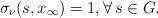
LaTeX: \begin{align*}\sigma_\nu(s,x_\infty) = 1, \forall \, s \in G.\end{align*}